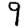
Digit: 9